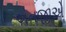
એનજીએ